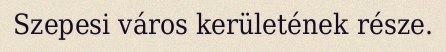
Szepesi város kerületének része.